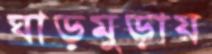
ঘাড়মুড়ায়